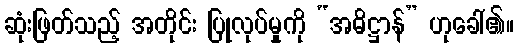
ဆုံးဖြတ်သည့် အတိုင်း ပြုလုပ်မှုကို “အဓိဋ္ဌာန်” ဟုခေါ်၏။